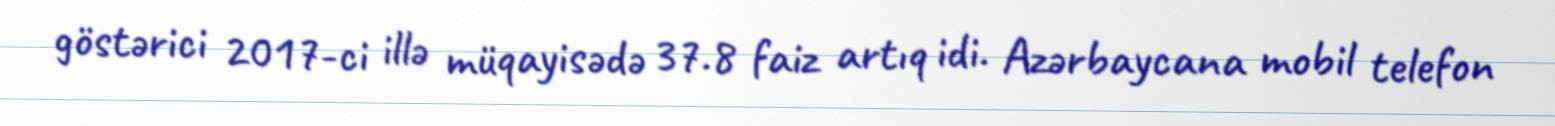
göstərici 2017-ci illə müqayisədə 37.8 faiz artıq idi. Azərbaycana mobil telefon